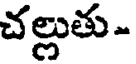
చల్లుతు-